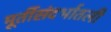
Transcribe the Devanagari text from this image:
मूर्तीसंदर्भातली